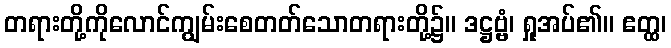
တရားတို့ကိုလောင်ကျွမ်းစေတတ်သောတရားတို့၌။ ဒဋ္ဌဗ္ဗံ၊ ရှုအပ်၏။ ဧတ္ထ၊